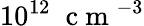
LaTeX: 10^{12}\; \mathrm{~c~m~}^{-3}